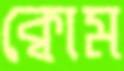
ক্বোম